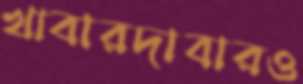
খাবারদাবারও